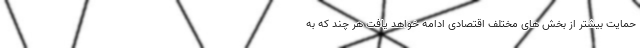
حمایت بیشتر از بخش های مختلف اقتصادی ادامه خواهد یافت هر چند که به